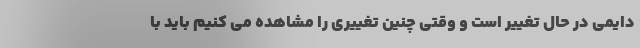
دایمی در حال تغییر است و وقتی چنین تغییری را مشاهده می کنیم باید با